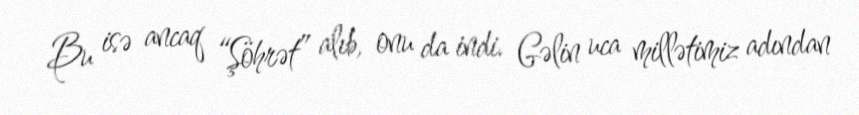
Bu isə ancaq “Şöhrət” alıb, onu da indi. Gəlin uca millətimiz adından